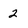
Character: 2